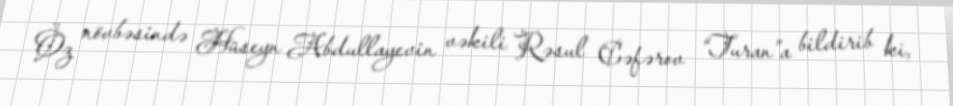
Öz növbəsində Hüseyn Abdullayevin vəkili Rəsul Cəfərov “Turan”a bildirib ki,